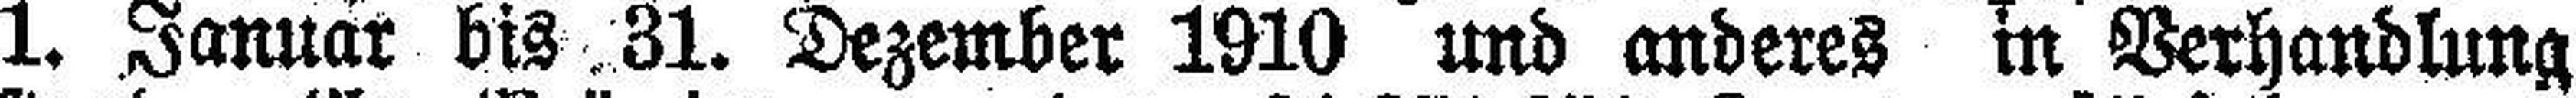
1. Januar bis 31. Dezember 1910 und anderes m Verhandlung